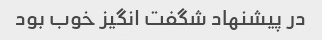
در پیشنهاد شگفت انگیز خوب بود